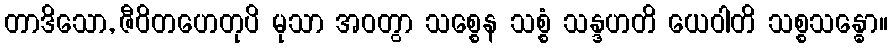
တာဒိသော, ဇီဝိတဟေတုပိ မုသာ အဝတွာ သစ္စေန သစ္စံ သန္ဒဟတိ ယေဝါတိ သစ္စသန္ဓော။